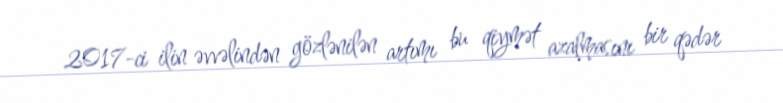
2017-ci ilin əvvəlindən gözlənilən artımı bu qiymət azalmasını bir qədər